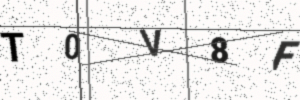
Text: T0V8F